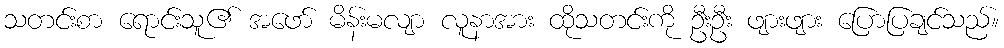
သတင်းစာ ရောင်းသူ၏ အဖော် မိန်းမလျာ လူနာအား ထိုသတင်းကို ဦးဦး ဖျားဖျား ပြောပြချင်သည်။